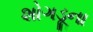
શોગડૂના